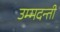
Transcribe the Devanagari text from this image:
उम्मदन्ती